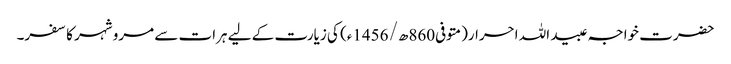
حضرت خواجہ عبید اللہ احرار(متوفی860ھ/ 1456ء) کی زیارت کے لیے ہرات سے مرو شہر کا سفر۔